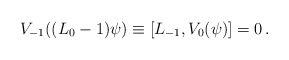
\begin{align*}V_{-1}((L_0-1)\psi)\equiv [L_{-1},V_0(\psi)]=0\,.\end{align*}